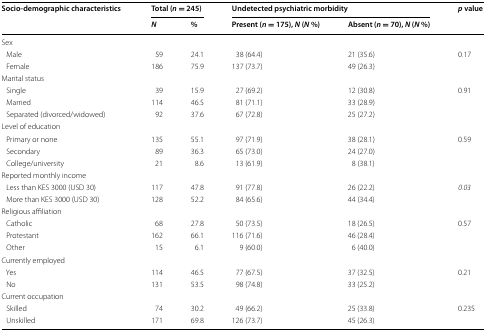
<table><thead><tr><td rowspan="2"><b>Socio-demographic characteristics</b></td><td colspan="2"><b>Total (<i>n</i> = 245)</b></td><td colspan="2"><b>Undetected psychiatric morbidity</b></td><td rowspan="2"><b><i>p</i> value</b></td></tr><tr><td><b><i>N</i></b></td><td><b>%</b></td><td><b>Present (<i>n</i> = 175), <i>N</i> (<i>N</i> %)</b></td><td><b>Absent (<i>n</i> = 70), <i>N</i> (<i>N</i> %)</b></td></tr></thead><tbody><tr><td colspan="6">Sex</td></tr><tr><td> Male</td><td>59</td><td>24.1</td><td>38 (64.4)</td><td>21 (35.6)</td><td>0.17</td></tr><tr><td> Female</td><td>186</td><td>75.9</td><td>137 (73.7)</td><td>49 (26.3)</td><td></td></tr><tr><td colspan="6">Marital status</td></tr><tr><td> Single</td><td>39</td><td>15.9</td><td>27 (69.2)</td><td>12 (30.8)</td><td>0.91</td></tr><tr><td> Married</td><td>114</td><td>46.5</td><td>81 (71.1)</td><td>33 (28.9)</td><td></td></tr><tr><td> Separated (divorced/widowed)</td><td>92</td><td>37.6</td><td>67 (72.8)</td><td>25 (27.2)</td><td></td></tr><tr><td colspan="6">Level of education</td></tr><tr><td> Primary or none</td><td>135</td><td>55.1</td><td>97 (71.9)</td><td>38 (28.1)</td><td>0.59</td></tr><tr><td> Secondary</td><td>89</td><td>36.3</td><td>65 (73.0)</td><td>24 (27.0)</td><td></td></tr><tr><td> College/university</td><td>21</td><td>8.6</td><td>13 (61.9)</td><td>8 (38.1)</td><td></td></tr><tr><td colspan="6">Reported monthly income</td></tr><tr><td> Less than KES 3000 (USD 30)</td><td>117</td><td>47.8</td><td>91 (77.8)</td><td>26 (22.2)</td><td><i>0.03</i></td></tr><tr><td> More than KES 3000 (USD 30)</td><td>128</td><td>52.2</td><td>84 (65.6)</td><td>44 (34.4)</td><td></td></tr><tr><td colspan="6">Religious affiliation</td></tr><tr><td> Catholic</td><td>68</td><td>27.8</td><td>50 (73.5)</td><td>18 (26.5)</td><td>0.57</td></tr><tr><td> Protestant</td><td>162</td><td>66.1</td><td>116 (71.6)</td><td>46 (28.4)</td><td></td></tr><tr><td> Other</td><td>15</td><td>6.1</td><td>9 (60.0)</td><td>6 (40.0)</td><td></td></tr><tr><td colspan="6">Currently employed</td></tr><tr><td> Yes</td><td>114</td><td>46.5</td><td>77 (67.5)</td><td>37 (32.5)</td><td>0.21</td></tr><tr><td> No</td><td>131</td><td>53.5</td><td>98 (74.8)</td><td>33 (25.2)</td><td></td></tr><tr><td colspan="6">Current occupation</td></tr><tr><td> Skilled</td><td>74</td><td>30.2</td><td>49 (66.2)</td><td>25 (33.8)</td><td>0.235</td></tr><tr><td> Unskilled</td><td>171</td><td>69.8</td><td>126 (73.7)</td><td>45 (26.3)</td><td></td></tr></tbody></table>